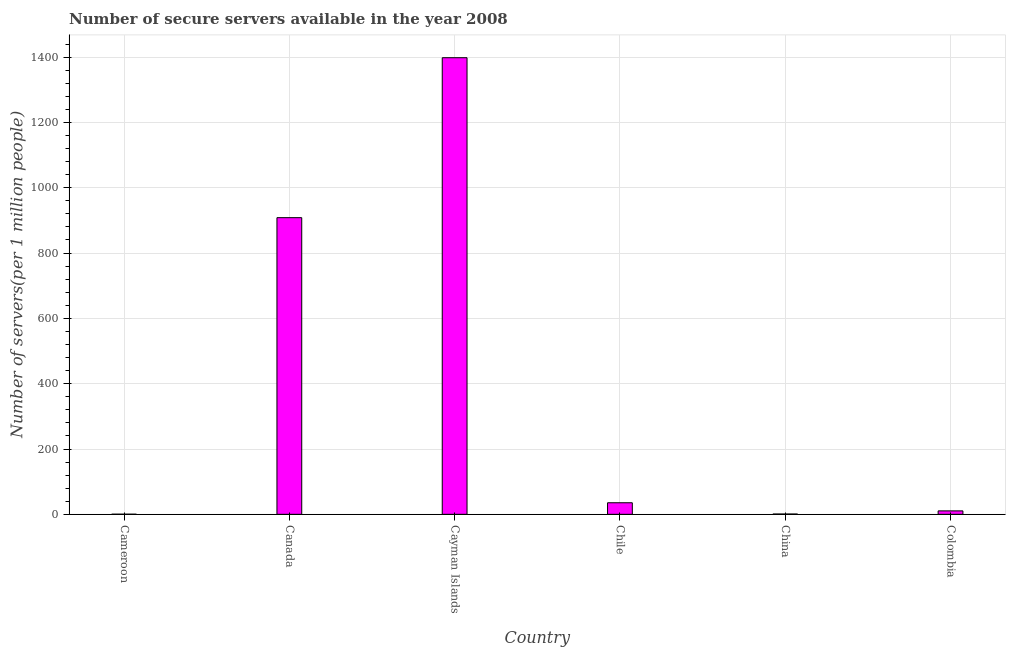
| Country | Secure Internet servers |
 | --- | --- |
 | Cameroon | 0.358 |
 | Canada | 908 |
 | Cayman Islands | 1.4e+03 |
 | Chile | 35.4 |
 | China | 0.935 |
 | Colombia | 10.5 |